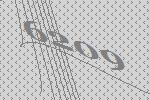
6209